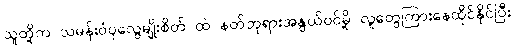
သူတို့က သမန်းဝံပုလွေမျိုးစိတ် ထဲ နတ်ဘုရားအနွယ်ဝင်မို့ လူတွေကြားနေထိုင်နိုင်ပြီး